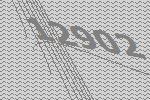
12902